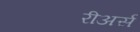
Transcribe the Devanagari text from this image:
रीअर्स